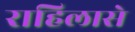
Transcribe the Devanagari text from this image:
राहिलासे